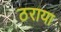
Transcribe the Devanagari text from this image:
ठराया